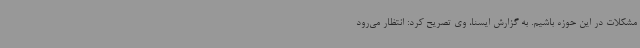
مشکلات در این حوزه باشیم. به گزارش ایسنا، وی تصریح کرد: انتظار می‌رود